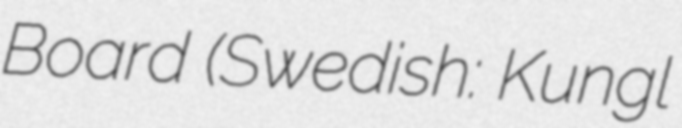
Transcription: Board (Swedish: Kungl